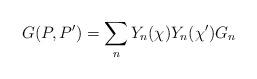
LaTeX: \begin{align*}G(P,P')=\sum_n Y_n(\chi )Y_n(\chi ')G_n\end{align*}